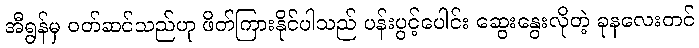
အီရွန်မှ ဝတ်ဆင်သည်ဟု ဖိတ်ကြားနိုင်ပါသည် ပန်းပွင့်ပေါင်း ဆွေးနွေးလိုတဲ့ ခုနလေးတင်